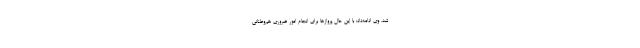
شد. وی ادامه‌داد: با این حال پروازها برای انجام امور ضروری هم‌وطنانی